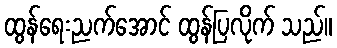
ထွန်ရေးညက်အောင် ထွန်ပြလိုက် သည်။